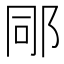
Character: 𨚯